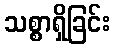
သစ္စာရှိခြင်း